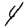
Digit: 4